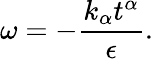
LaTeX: \omega=-\frac{k_{\alpha}t^{\alpha}}{\epsilon}.